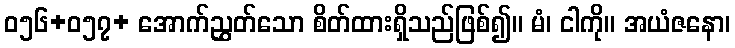
ဝ၅၆+ဝ၅၇+ အောက်ညွှတ်သော စိတ်ထားရှိသည်ဖြစ်၍။ မံ၊ ငါကို။ အယံဇနော၊